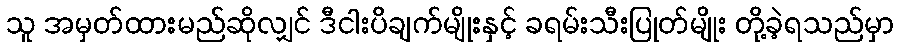
သူ အမှတ်ထားမည်ဆိုလျှင် ဒီငါးပိချက်မျိုးနှင့် ခရမ်းသီးပြုတ်မျိုး တို့ခဲ့ရသည်မှာ